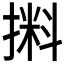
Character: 𰔛